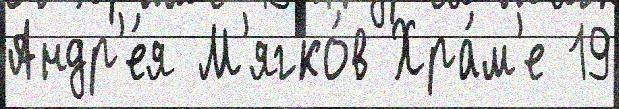
Андр'е́я М'ягко́в Хра́м'е 19